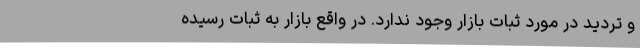
و تردید در مورد ثبات بازار وجود ندارد. در واقع بازار به ثبات رسیده